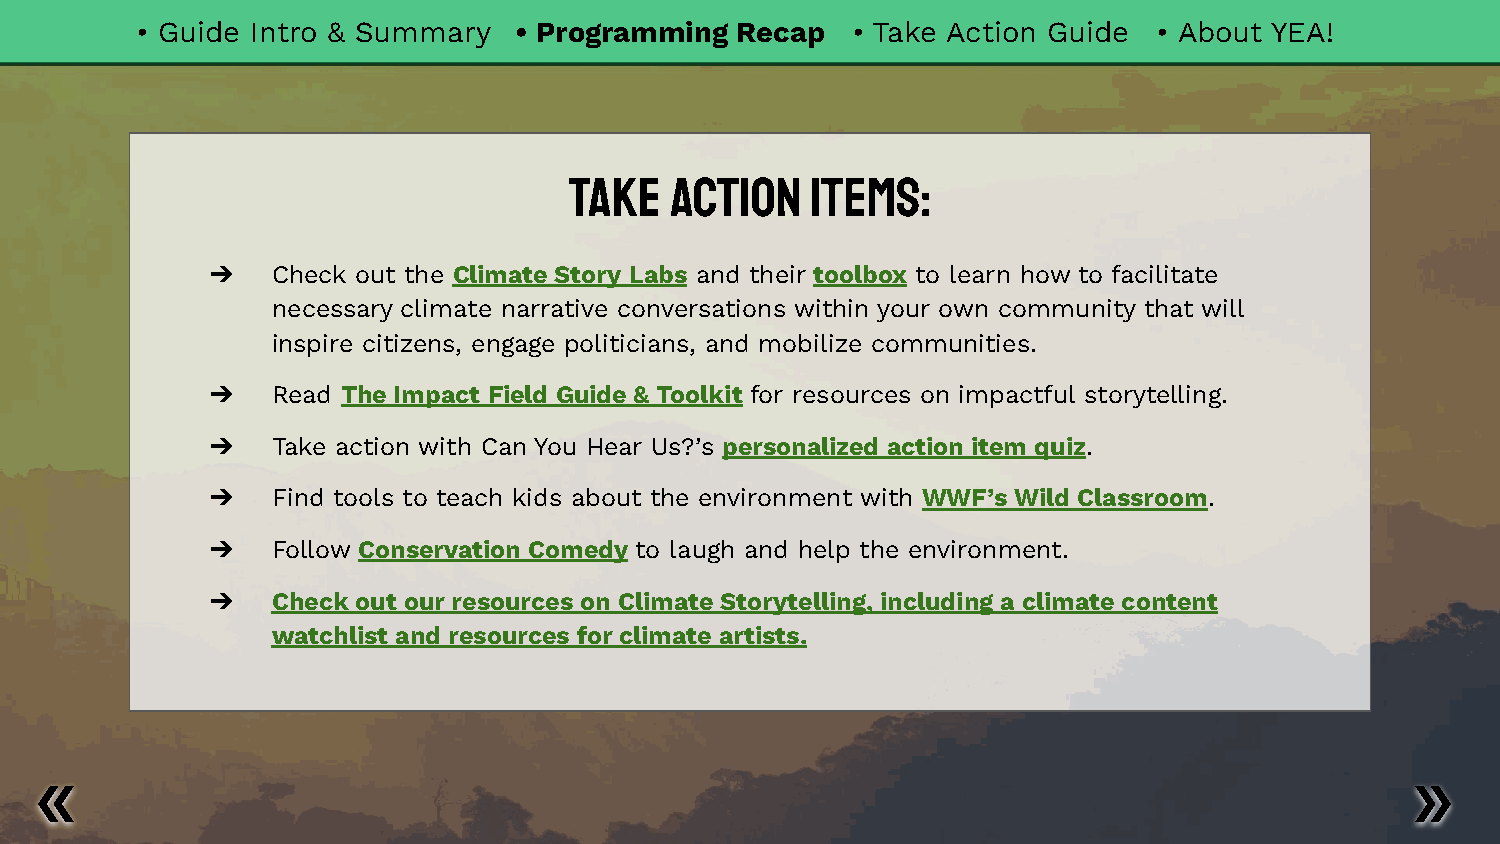
• Guide Intro & Summary  • Programming  Recap  • Take Action Guide  • About YEA!
 Take  Action    Items:
 ➔   Check out the Climate Story Labs and their toolbox to learn how to facilitate
 necessary climate narrative conversations within your own community that will
 inspire citizens, engage politicians, and mobilize communities.
 ➔   Read The Impact Field Guide & Toolkit for resources on impactful storytelling.
 ➔   Take action with Can You Hear Us?’s personalized action item quiz.
 ➔   Find tools to teach kids about the environment with WWF’s Wild Classroom.
 ➔   Follow Conservation Comedy to laugh and help the environment.
 ➔   Check out our resources on Climate Storytelling, including a climate content
 watchlist and resources for climate artists.